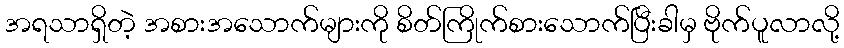
အရသာရှိတဲ့ အစားအသောက်များကို စိတ်ကြိုက်စားသောက်ပြီးခါမှ ဗိုက်ပူလာလို့